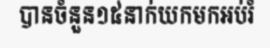
បានចំនួន១៥នាក់យកមកអប់រំ